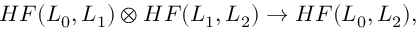
H F ( L _ { 0 } , L _ { 1 } ) \otimes H F ( L _ { 1 } , L _ { 2 } ) \rightarrow H F ( L _ { 0 } , L _ { 2 } ) ,